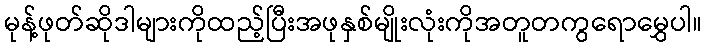
မုန့်ဖုတ်ဆိုဒါများကိုထည့်ပြီးအဖုနှစ်မျိုးလုံးကိုအတူတကွရောမွှေပါ။